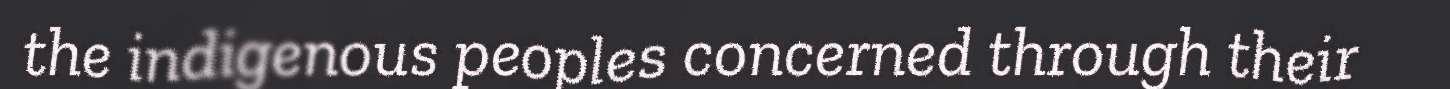
the indigenous peoples concerned through their